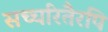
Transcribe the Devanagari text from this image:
सच्चरितैरपि